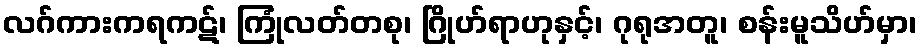
လဂ်ကားကရကဋ်၊ ကြုံလတ်တစု၊ ဂြိုဟ်ရာဟုနှင့်၊ ဂုရုအတူ၊ စန်းမူသိဟ်မှာ၊